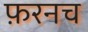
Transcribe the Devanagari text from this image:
फ़रनच